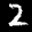
Label: 2